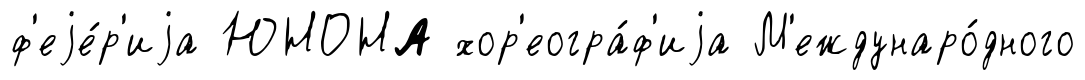
ф'еjе́р'иjа ЮНОНА хор'еогра́ф'иjа М'еждунаро́дного